Scientific memoirs by medical officers of the Army of India - Part X,
Year: 1897
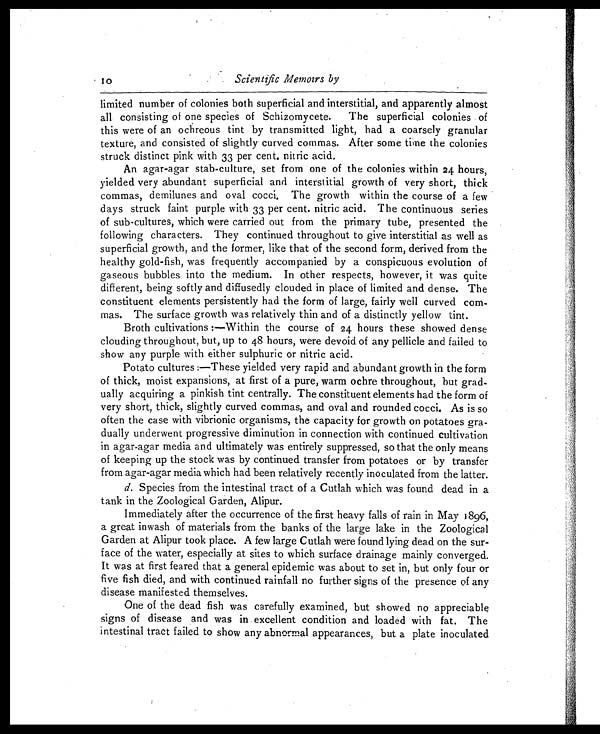
10
Scientific Memoirs by
limited number of colonies both superficial and interstitial, arid apparently almost
al l consi sti ng of one speci es of Schi zomycete. The superfi ci al col oni es of
this were of an ochreous tint by transmitted light, had a coarsely granular
texture, and consisted of slightly curved commas. After some time the colonies
struck distinct pink with 33 per cent, nitric acid.
An agar-agar stab-culture, set from one of the colonies within 24 hours,
yielded very abundant superficial and interstitial growth of very short, thick
commas, demilunes and oval cocci, The growth within the course of a few
days struck faint purple with 33 per cent. nitric acid. The continuous series
of sub-cultures, which were carried out from the primary tube, presented the
following characters. They continued throughout to give interstitial as well as
superficial growth, and the former, like that of the second form, derived from the
healthy gold-fish, was frequently accompanied by a conspicuous evolution of
gaseous bubbles into the medium. In other respects, however, it was quite
different, being softly and diffusedly clouded in place of limited and dense. The
constituent elements persistently had the form of large, fairly well curved com
- m a s . T h e s u r f a c e g r o w t h w a s r e l a t i v e l y t h i n a n d o f a d i s t i n c t l y y e l l o w t i n t . Broth cultivations :—Within the course of 24 hours these showed dense
clouding throughout, but, up to 48 hours, were devoid of any pellicle and failed to
show any purple with either sulphuric or nitric acid.
Potato cultures :—These yielded very rapid and abundant growth in the form
of thick, moist expansions, at first of a pure, warm ochre throughout, hut grad
- u a l l y a c q u i r i n g a p i n k i s h t i n t c e n t r a l l y . T h e c o n s t i t u e n t e l e m e n t s h a d t h e f o r m o f
very short, thick, slightly curved commas, and oval and rounded cocci. As is so
often the case with vibrionic organisms, the capacity for growth on potatoes gra
- d u a l l y u n d e r w e n t p r o g r e s s i v e d i m i n u t i o n i n c o n n e c t i o n w i t h c o n t i n u e d c u l t i v a t i o n
in agar-agar media and ultimately was entirely suppressed, so that the only means
of keeping up the stock was by continued transfer from potatoes or by transfer
from agar-agar media which had been relatively recently inoculated from the latter.
d. Species from the intestinal tract of a Cutlah which was found dead in a
tank in the Zoological Garden, Alipur.
Immediately after the occurrence of the first heavy falls of rain in May 1896,
a great inwash of materials from the banks of the large lake in the Zoological
Garden at Alipur took place. A few large Cutlah were found lying dead on the sur
- f a c e o f t h e w a t e r , e s p e c i a l l y a t s i t e s t o w h i c h s u r f a c e d r a i n a g e m a i n l y c o n v e r g e d .
It was at first feared that a general epidemic was about to set in, but only four or
five fish died, and with continued rainfall no further signs of the presence of any
disease manifested themselves.
One of the dead fish was carefully examined, but showed no appreciable
signs of disease and was in . excellent condition and loaded with fat. The
intestinal tract failed to show any abnormal appearances, but a plate inoculated